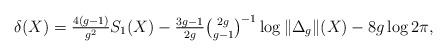
LaTeX: \begin{align*}\delta(X)=\tfrac{4(g-1)}{g^{2}}S_{1}(X)-\tfrac{3g-1}{2g}\tbinom{2g}{g-1}^{-1}\log\|\Delta_{g}\|(X)-8g\log2\pi,\end{align*}